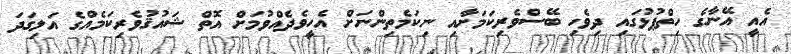
އެއީ އޭނާގެ ހިތްޕުޅުގައި ދިވެހި ބޭސްވެރިކަމަށާއި ނިކަމެތިންނަށް އެހީވެދެއްވުމަށް އޮތް ޝައުޤުވެރިކަމެއްގެ އަލިގަދަ